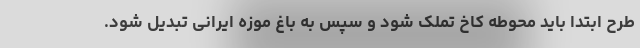
طرح ابتدا باید محوطه کاخ تملک شود و سپس به باغ موزه ایرانی تبدیل شود.